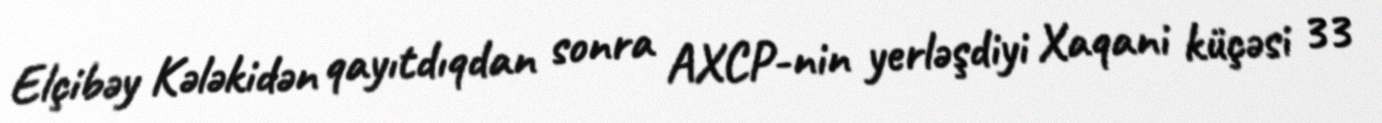
Elçibəy Kələkidən qayıtdıqdan sonra AXCP-nin yerləşdiyi Xaqani küçəsi 33